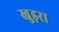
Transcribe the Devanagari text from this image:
खुड़रा